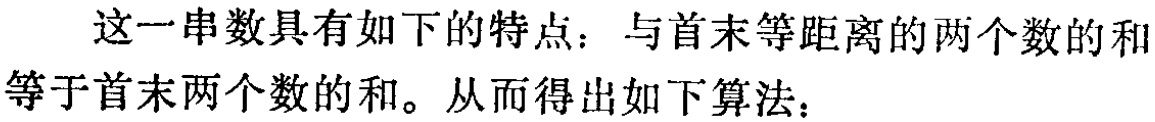
这一串数具有如下的特点：与首末等距离的两个数的和等于首末两个数的和。从而得出如下算法：